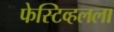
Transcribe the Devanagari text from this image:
फेस्टिव्हलला